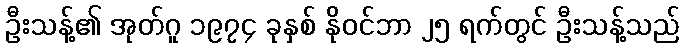
ဦးသန့်၏ အုတ်ဂူ ၁၉၇၄ ခုနှစ် နိုဝင်ဘာ ၂၅ ရက်တွင် ဦးသန့်သည်